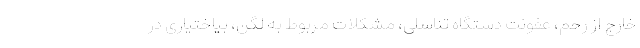
خارج از رحم، عفونت دستگاه تناسلی، مشکلات مربوط به لگن، بیاختیاری در